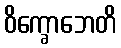
ဝိက္ခောဘေတိ